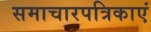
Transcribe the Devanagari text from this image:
समाचारपत्रिकाएं